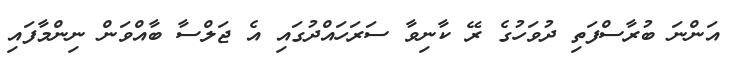
އަންނަ ބުރާސްފަތި ދުވަހުގެ ރޭ ކާނިވާ ސަރަހައްދުގައި އެ ޖަލްސާ ބާއްވަން ނިންމާފައި